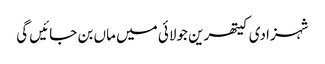
شہزادی کیتھرین جولائی میں ماں بن جائیں گی